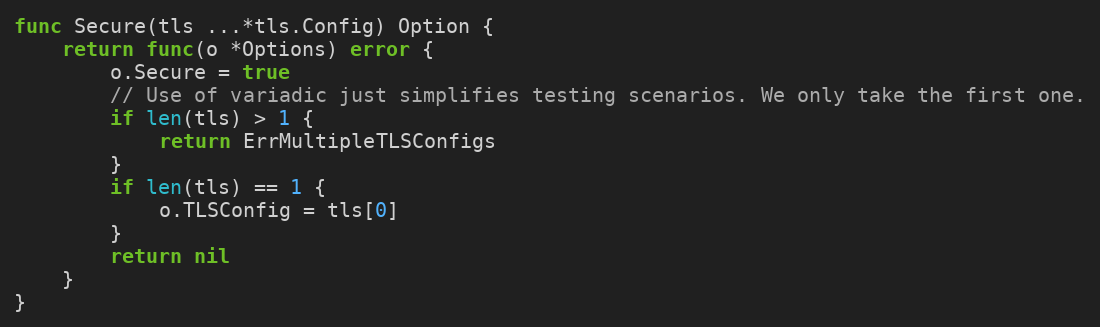
Language: Go
func Secure(tls ...*tls.Config) Option {
	return func(o *Options) error {
		o.Secure = true
		// Use of variadic just simplifies testing scenarios. We only take the first one.
		if len(tls) > 1 {
			return ErrMultipleTLSConfigs
		}
		if len(tls) == 1 {
			o.TLSConfig = tls[0]
		}
		return nil
	}
}